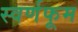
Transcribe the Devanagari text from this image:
स्वर्णफूम